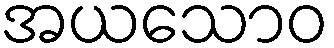
အယသောဝ